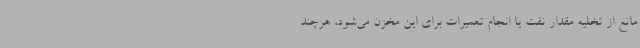
مانع از تخلیه مقدار نفت یا انجام تعمیرات برای این مخزن می‌شود، هرچند